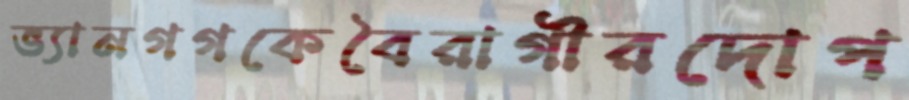
ভ্যানগগকেবৈরাগীরদোপ